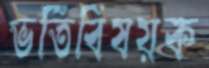
ভর্তিবিষয়ক